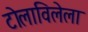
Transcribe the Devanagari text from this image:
टोलाविलेला